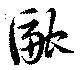
融